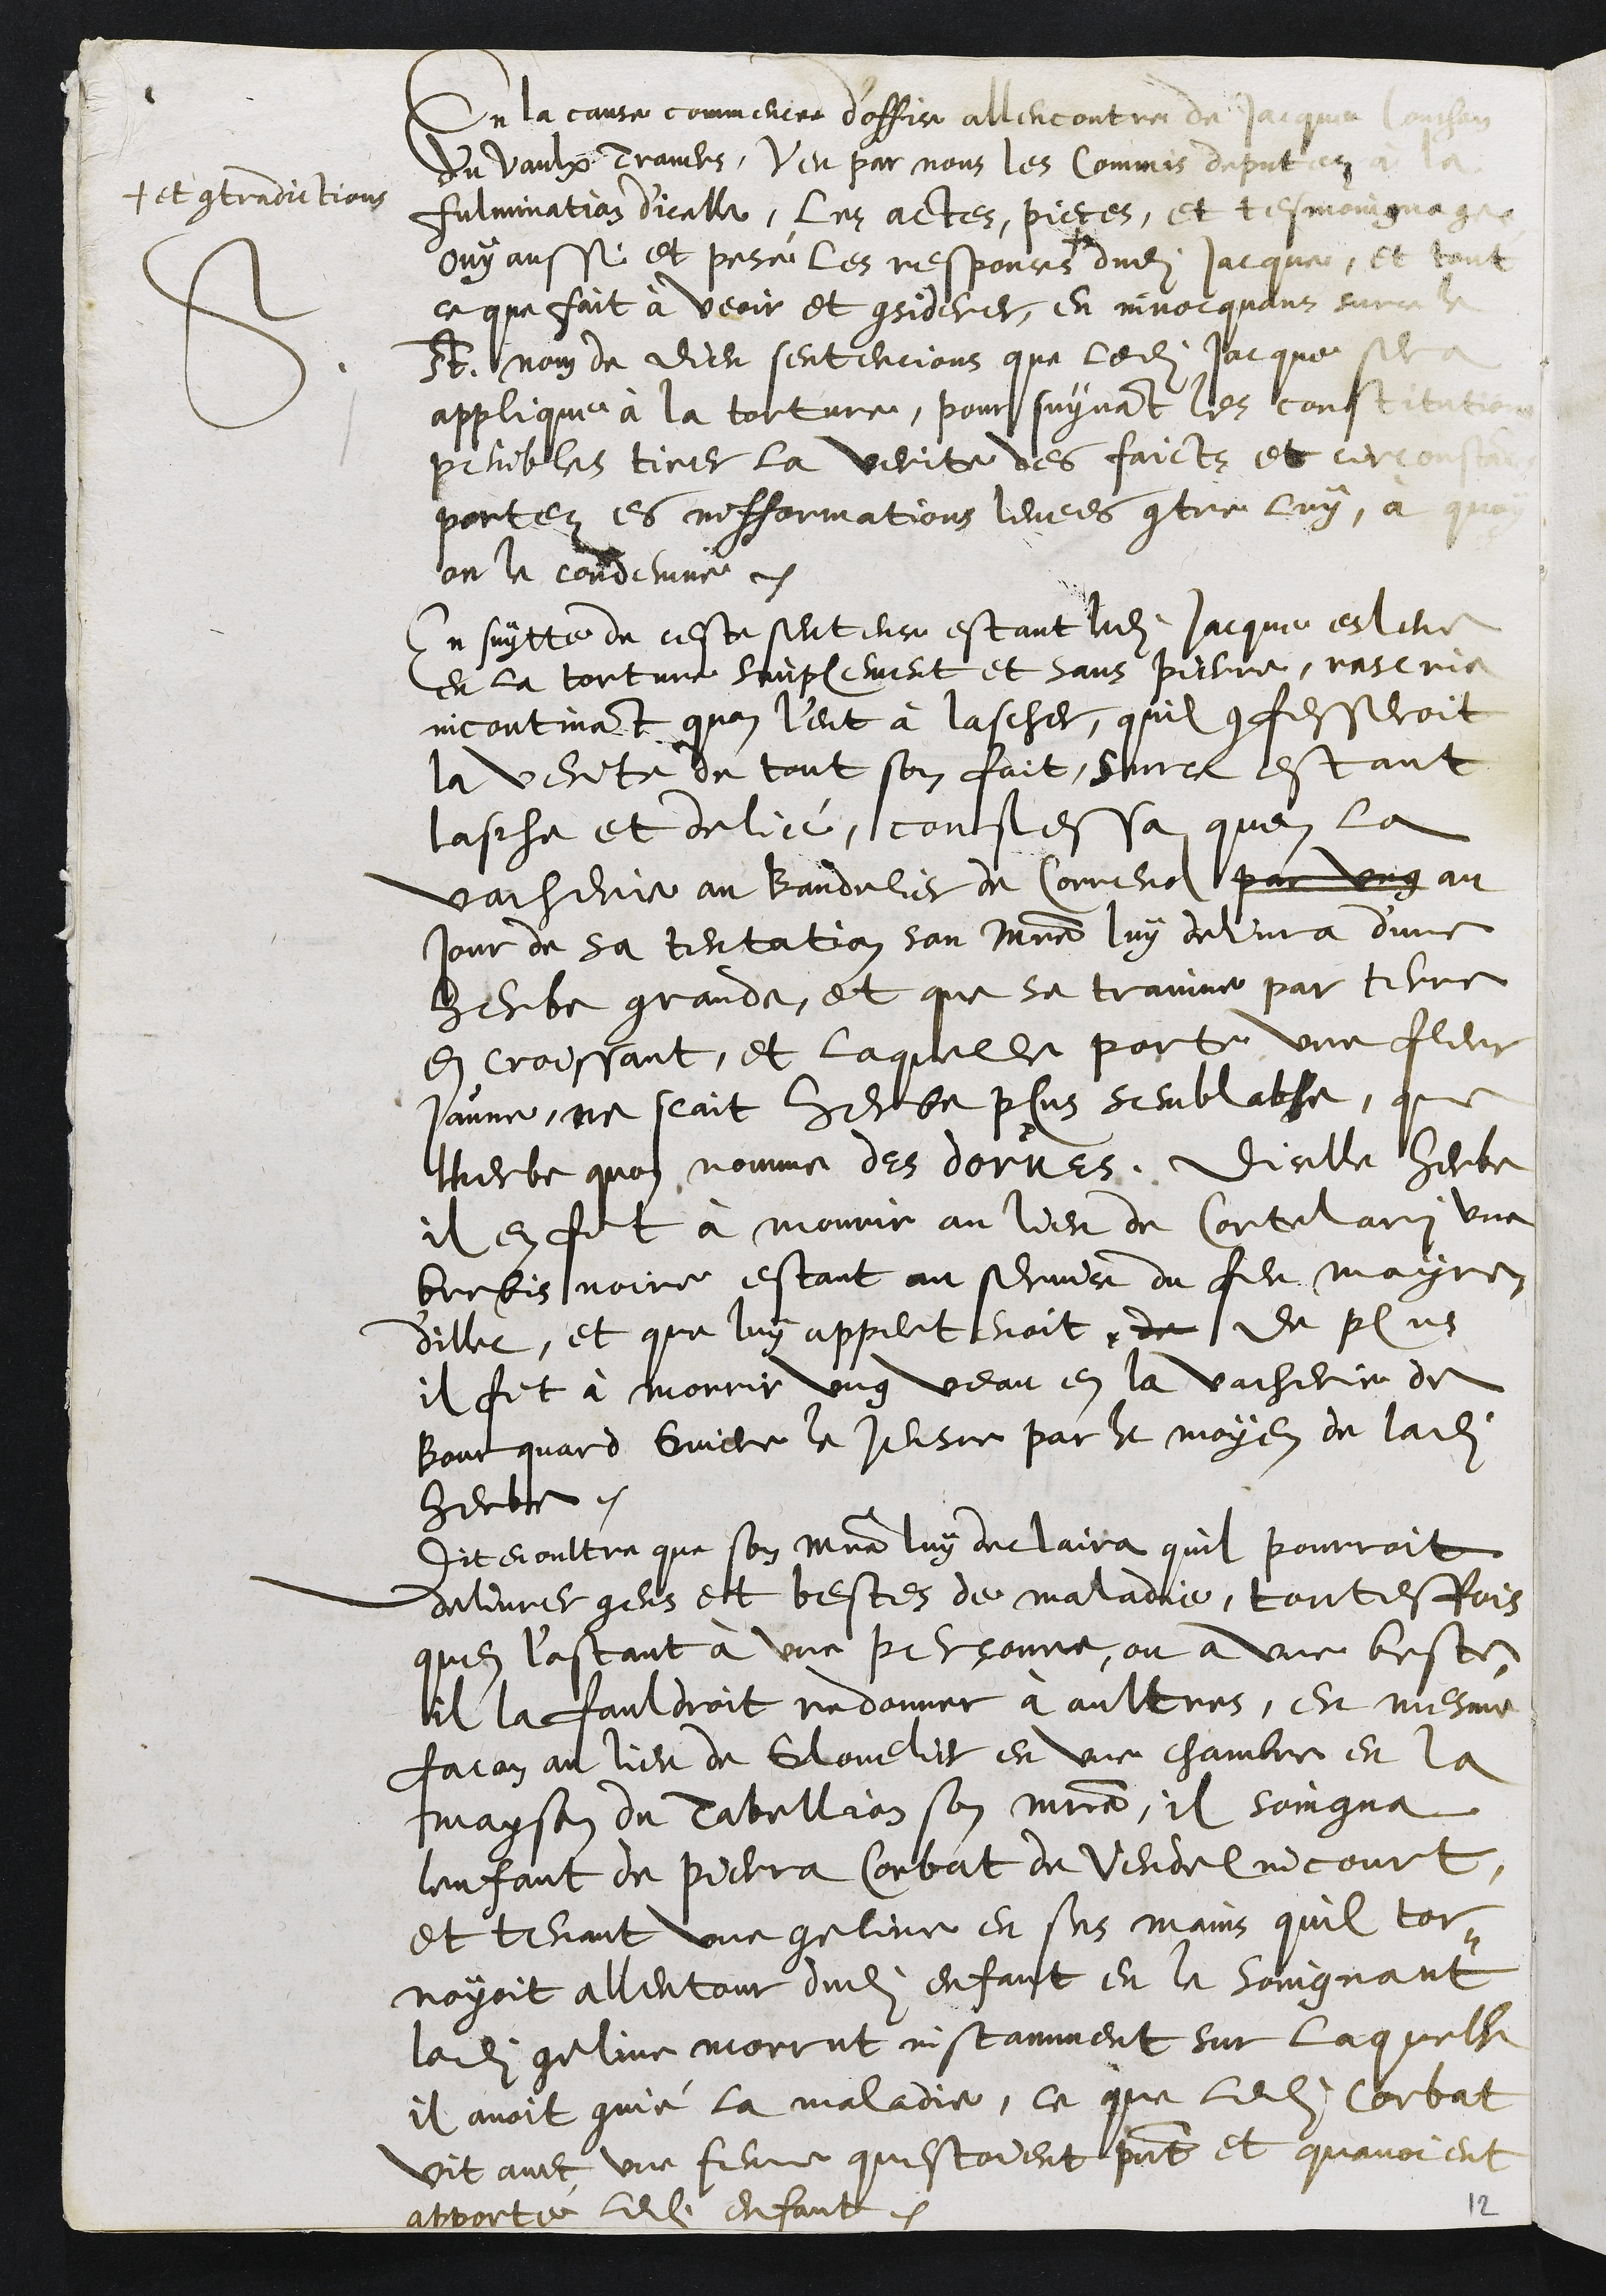
S
En la cause commencee d’office allencontre de Jacque Couchant
du Vaulx Travers, veu par nous les Commis deputez à la
fulmination d'icelle, les actes, pieces, et tesmoingnages
ouy aussi et pesé les responces +
+ et contradictions
dudit Jacque, et tout
ce que fait à veoir et considerer, en invocquant sur ce le
st. nom de Dieu sentencions que ledit Jacque sera
applique à la torture, pour suyvant les constitutions
penibles tirer la verite des faicts et circonstances
portez es infformations levees contre luy, à quoy
on le condemne
En suytte de ceste sentence estant ledit Jacque esleve
en la torture simplement et sans pierre, rescria
incontinant quon l'eut à lascher, quil confesseroit
la verite de tout son fait, surce estant
lasche et delié, confessa quen la
vacherie au bandelier de Correnol par ung au
jour de sa tentation son maistre luy delivra d'une
herbe grande, et que se trainne par terre
en croissant, et laquelle porte une fleur
jaune, ne scait herbe plus semblable, que
lherbe quon nomme des dorues, dicelle herbe
il en fit à mourir au lieu de Cortelari une
brebis noire estant au service du feu Mayre
dillec, et que luy appertenoit de de plus
il fit à morrir ung veau en la vacherie de
Bourquard Guiere le Jeusne par le moyen de ladite
herbe.
Dit en oultre que son maistre luy declaira quil pourroit
delivrer gens et bestes de maladie, toutesfois
que l'estant à une personne, ou a une beste
il la fauldroit redonner à aultres, en mesme
facon au lieu de Glovelier en une chambre en la
mayson du Tabellion son maitre, il soingna
lenfant de Pierra Corbat de Vendelincourt
et tenant une geline en ses mains quil tor-
noyoit allentour dudit enfant en le soingnant
ladite geline morrut instamment sur laquelle
il avoit convié la maladie, ce que ledit Corbat
vit avec une femme questoient present et quavoient
apporté ledit enfant